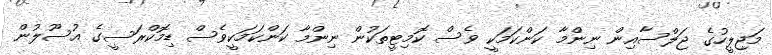
މަޖިލީހުގެ ޖަލްސާއިން ނިންމާ ކަންކަމަކީ ވެސް ކޮމިޓީތަކުން ނިންމާ ކަންކަމަކީވެސް ޑިމޮކްރަސީގެ އުސޫލުން